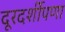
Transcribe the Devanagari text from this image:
दूरदर्शीपणा